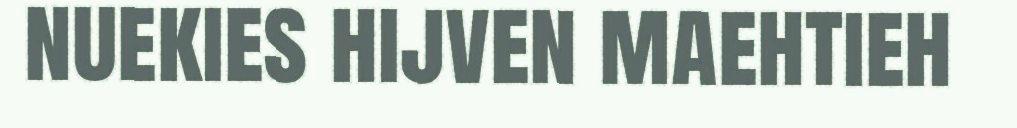
nuekies hijven maehtieh